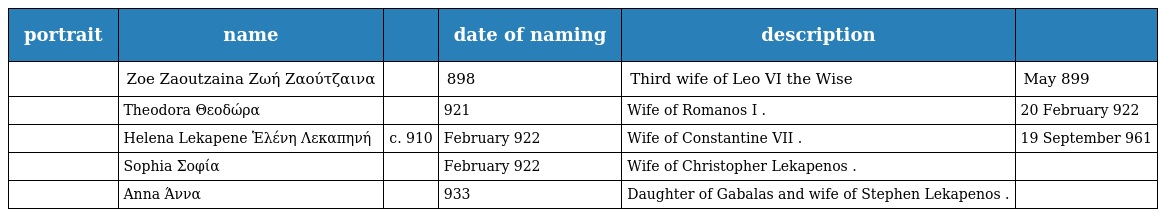
| portrait | name |  | date of naming | description |  |
 | --- | --- | --- | --- | --- | --- |
 |  | Zoe Zaoutzaina Ζωή Ζαούτζαινα |  | 898 | Third wife of Leo VI the Wise | May 899 |
 |  | Theodora Θεοδώρα |  | 921 | Wife of Romanos I . | 20 February 922 |
 |  | Helena Lekapene Ἑλένη Λεκαπηνή | c. 910 | February 922 | Wife of Constantine VII . | 19 September 961 |
 |  | Sophia Σοφία |  | February 922 | Wife of Christopher Lekapenos . |  |
 |  | Anna Άννα |  | 933 | Daughter of Gabalas and wife of Stephen Lekapenos . |  |